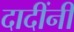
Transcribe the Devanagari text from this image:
दादींनी